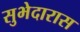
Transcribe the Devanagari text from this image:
सुभेदारास